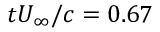
t U _ { \infty } / c = 0 . 6 7